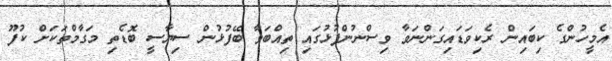
އެމީހުންގެ ކިބައިން ރެކިވަޑައިގަންނަވާ ވިސްނުންފުޅުގައި ތިއްބަވާ ބޭފުޅުން ސިޔާސީ ބޮޑެތި މަގާމްތަކަށް ކުފޫ